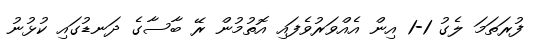
ފުރަތަމަ ލެގު 1-1 އިން އެއްވަރުވެފައި އޮތުމުން ރޭ ބާސާގެ ދަނޑުގައި ކުޅުނު